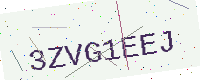
Text: 3ZVG1EEJ